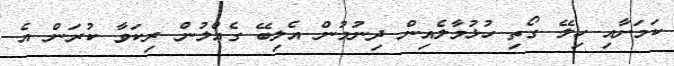
ކަމަށާއި ހިލޭ ގޯތި ހުޅުމާލެއިން ދިނުމުން އެލިބޭ ގެއްލުން ރިކަވާ ކުރަން އެ